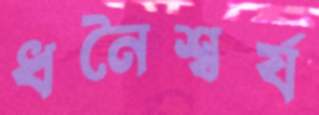
ধনৈশ্বর্য